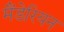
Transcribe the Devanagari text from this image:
मैंडेरियन